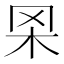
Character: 𦊋